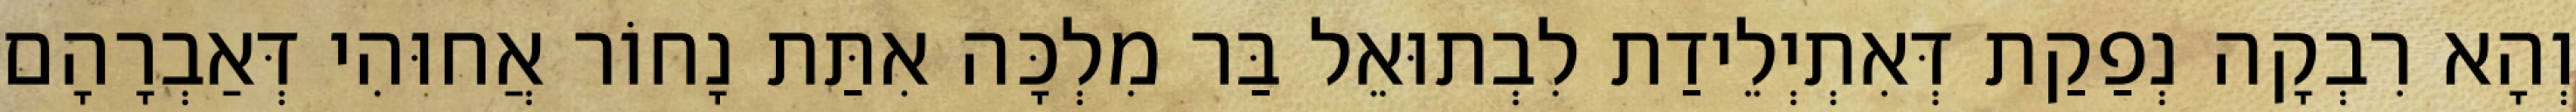
וְהָא רִבְקָה נְפַקַת דְּאִתְיְלֵידַת לִבְתוּאֵל בַּר מִלְכָּה אִתַּת נָחוֹר אֲחוּהִי דְּאַבְרָהָם